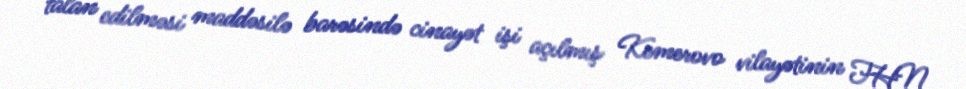
talan edilməsi maddəsilə barəsində cinayət işi açılmış Kemerovo vilayətinin FHN